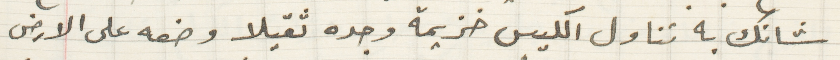
شانك به تناول الكيس خزيمة وجده ثقيلا وضعه على الارض